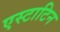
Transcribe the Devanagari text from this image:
एस्टाटिन